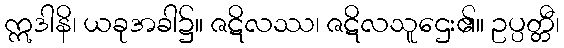
ဣဒါနိ၊ ယခုအခါ၌။ ဇဋိလဿ၊ ဇဋိလသူဌေး၏။ ဥပ္ပတ္တီ၊